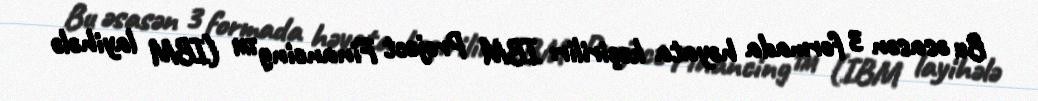
Bu əsasən 3 formada həyata keçirilir: IBM Project Financing™ (IBM layihələ